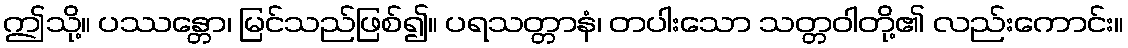
ဤသို့။ ပဿန္တော၊ မြင်သည်ဖြစ်၍။ ပရသတ္တာနံ၊ တပါးသော သတ္တဝါတို့၏ လည်းကောင်း။